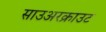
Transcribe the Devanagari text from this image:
साउअरक्राउट